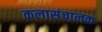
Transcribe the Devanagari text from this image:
कलासंचालक